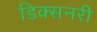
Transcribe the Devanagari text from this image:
डिक्सनरी